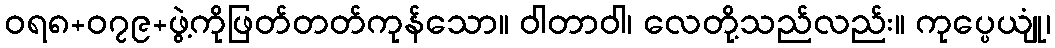
ဝရ၈+၀၇၉+ဖွဲ့ကိုဖြတ်တတ်ကုန်သော။ ဝါတာဝါ၊ လေတို့သည်လည်း။ ကုပ္ပေယျုံ၊